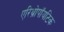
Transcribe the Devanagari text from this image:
एरिथ्रोपॉयटिक